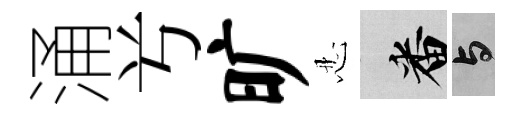
涌𠔃旷忍番与